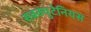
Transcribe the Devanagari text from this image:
सबक्युटेनियस